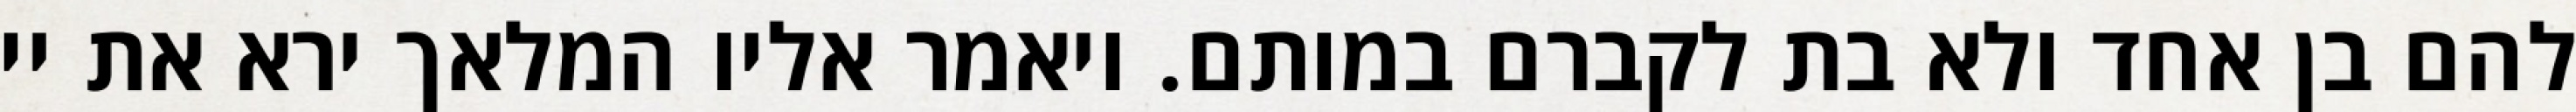
להם בן אחד ולא בת לקברם במותם. ויאמר אליו המלאך ירא את יי